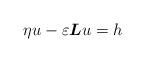
LaTeX: \begin{align*}\eta u-\varepsilon\boldsymbol{L}u=h \end{align*}